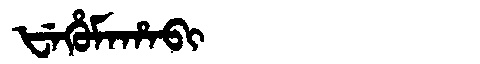
Manchu: ᡶᡝᡥᡠᠮᠠᡥᠠᠪᡳ
Romanization: FEHUMAHABI